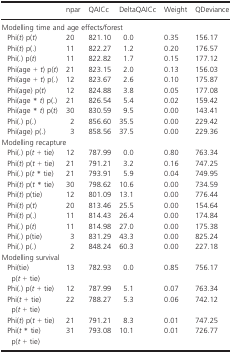
<table><thead><tr><td></td><td><b>npar</b></td><td><b>QAICc</b></td><td><b>DeltaQAICc</b></td><td><b>Weight</b></td><td><b>QDeviance</b></td></tr></thead><tbody><tr><td colspan="6">Modelling time and age effects/forest</td></tr><tr><td> Phi(<i>t</i>) p(<i>t</i>)</td><td>20</td><td>821.10</td><td>0.0</td><td>0.35</td><td>156.17</td></tr><tr><td> Phi(<i>t</i>) p(.)</td><td>11</td><td>822.27</td><td>1.2</td><td>0.20</td><td>176.57</td></tr><tr><td> Phi(.) p(<i>t</i>)</td><td>11</td><td>822.82</td><td>1.7</td><td>0.15</td><td>177.12</td></tr><tr><td> Phi(age + <i>t</i>) p(<i>t</i>)</td><td>21</td><td>823.15</td><td>2.0</td><td>0.13</td><td>156.03</td></tr><tr><td> Phi(age + <i>t</i>) p(.)</td><td>12</td><td>823.67</td><td>2.6</td><td>0.10</td><td>175.87</td></tr><tr><td> Phi(age) p(<i>t</i>)</td><td>12</td><td>824.88</td><td>3.8</td><td>0.05</td><td>177.08</td></tr><tr><td> Phi(age * <i>t</i>) p(.)</td><td>21</td><td>826.54</td><td>5.4</td><td>0.02</td><td>159.42</td></tr><tr><td> Phi(age * <i>t</i>) p(<i>t</i>)</td><td>30</td><td>830.59</td><td>9.5</td><td>0.00</td><td>143.41</td></tr><tr><td> Phi(.) p(.)</td><td>2</td><td>856.60</td><td>35.5</td><td>0.00</td><td>229.42</td></tr><tr><td> Phi(age) p(.)</td><td>3</td><td>858.56</td><td>37.5</td><td>0.00</td><td>229.36</td></tr><tr><td colspan="6">Modelling recapture</td></tr><tr><td> Phi(.) p(<i>t</i> + tie)</td><td>12</td><td>787.99</td><td>0.0</td><td>0.80</td><td>763.34</td></tr><tr><td> Phi(<i>t</i>) p(<i>t</i> + tie)</td><td>21</td><td>791.21</td><td>3.2</td><td>0.16</td><td>747.25</td></tr><tr><td> Phi(.) p(<i>t</i> * tie)</td><td>21</td><td>793.91</td><td>5.9</td><td>0.04</td><td>749.95</td></tr><tr><td> Phi(<i>t</i>) p(<i>t</i> * tie)</td><td>30</td><td>798.62</td><td>10.6</td><td>0.00</td><td>734.59</td></tr><tr><td> Phi(<i>t</i>) p(tie)</td><td>12</td><td>801.09</td><td>13.1</td><td>0.00</td><td>776.44</td></tr><tr><td> Phi(<i>t</i>) p(<i>t</i>)</td><td>20</td><td>813.46</td><td>25.5</td><td>0.00</td><td>154.64</td></tr><tr><td> Phi(<i>t</i>) p(.)</td><td>11</td><td>814.43</td><td>26.4</td><td>0.00</td><td>174.84</td></tr><tr><td> Phi(.) p(<i>t</i>)</td><td>11</td><td>814.98</td><td>27.0</td><td>0.00</td><td>175.38</td></tr><tr><td> Phi(.) p(tie)</td><td>3</td><td>831.29</td><td>43.3</td><td>0.00</td><td>825.24</td></tr><tr><td> Phi(.) p(.)</td><td>2</td><td>848.24</td><td>60.3</td><td>0.00</td><td>227.18</td></tr><tr><td colspan="6">Modelling survival</td></tr><tr><td> Phi(tie) p(<i>t</i> + tie)</td><td>13</td><td>782.93</td><td>0.0</td><td>0.85</td><td>756.17</td></tr><tr><td> Phi(.) p(<i>t</i> + tie)</td><td>12</td><td>787.99</td><td>5.1</td><td>0.07</td><td>763.34</td></tr><tr><td> Phi(<i>t</i> + tie) p(<i>t</i> + tie)</td><td>22</td><td>788.27</td><td>5.3</td><td>0.06</td><td>742.12</td></tr><tr><td> Phi(<i>t</i>) p(<i>t</i> + tie)</td><td>21</td><td>791.21</td><td>8.3</td><td>0.01</td><td>747.25</td></tr><tr><td> Phi(<i>t</i> * tie) p(<i>t</i> + tie)</td><td>31</td><td>793.08</td><td>10.1</td><td>0.01</td><td>726.77</td></tr></tbody></table>